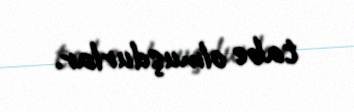
tabe olmuşdurlar.